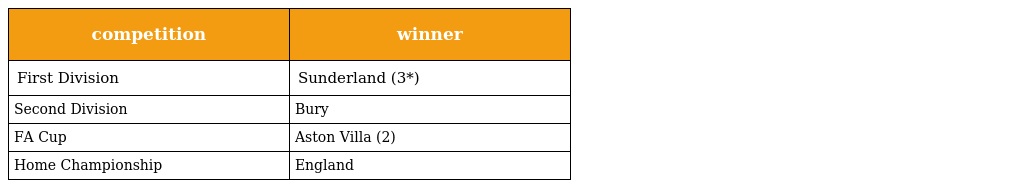
| competition | winner |
 | --- | --- |
 | First Division | Sunderland (3*) |
 | Second Division | Bury |
 | FA Cup | Aston Villa (2) |
 | Home Championship | England |